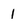
Character: I